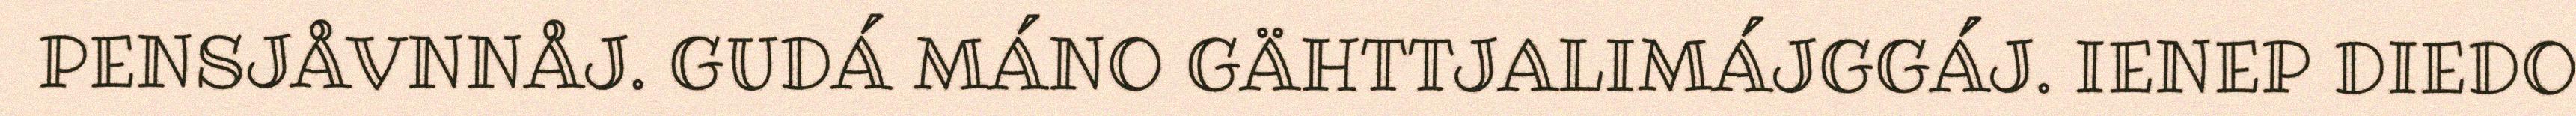
PENSJÅVNNÅJ. GUDÁ MÁNO GÄHTTJALIMÁJGGÁJ. IENEP DIEDO